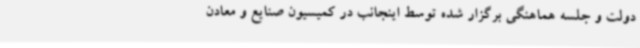
دولت و جلسه هماهنگی برگزار شده توسط اینجانب در کمیسیون صنایع و معادن